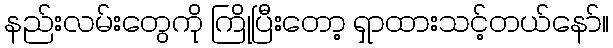
နည်းလမ်းတွေကို ကြိုပြီးတော့ ရှာထားသင့်တယ်နော်။